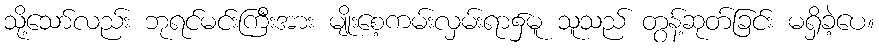
သို့သော်လည်း ဘုရင်မင်းကြီးအား မျိုးစေ့ကမ်းလှမ်းရာ၌မူ သူသည် တွန့်ဆုတ်ခြင်း မရှိခဲ့ပေ။